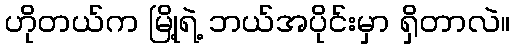
ဟိုတယ်က မြို့ရဲ့ ဘယ်အပိုင်းမှာ ရှိတာလဲ။